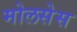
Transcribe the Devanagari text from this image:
मोलसेस